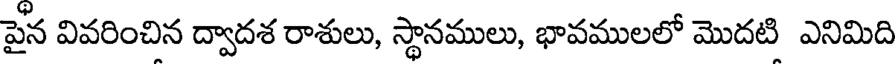
పైన వివరించిన ద్వాదశ రాశులు, స్థానములు, భావములలో మొదటి ఎనిమిది